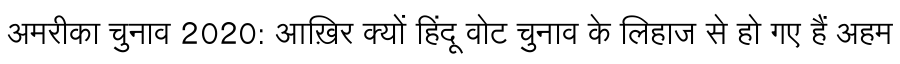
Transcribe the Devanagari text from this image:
अमरीका चुनाव 2020: आख़िर क्यों हिंदू वोट चुनाव के लिहाज से हो गए हैं अहम